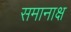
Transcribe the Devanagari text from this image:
समानाक्ष